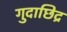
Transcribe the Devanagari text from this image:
गुदाछिद्र